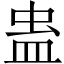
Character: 蛊